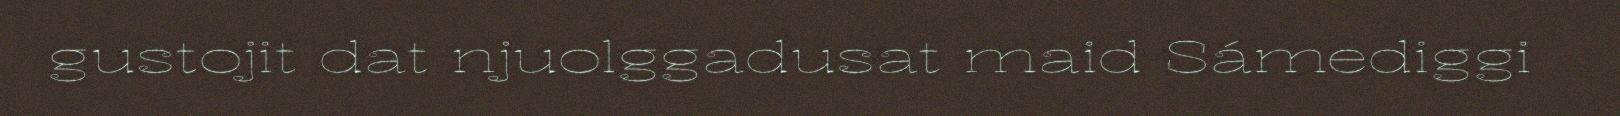
gustojit dat njuolggadusat maid Sámediggi